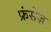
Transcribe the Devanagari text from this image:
फ्रंसेज़